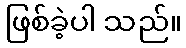
ဖြစ်ခဲ့ပါ သည်။